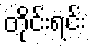
တိုင်းရင်း